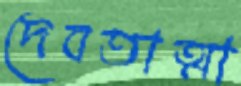
দেবতাত্মা